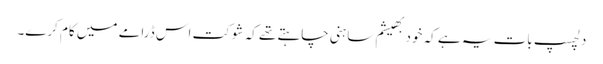
دلچسپ بات یہ ہے کہ خود بھیشم ساہنی چاہتے تھے کہ شوکت اس ڈرامے میں کام کرے۔